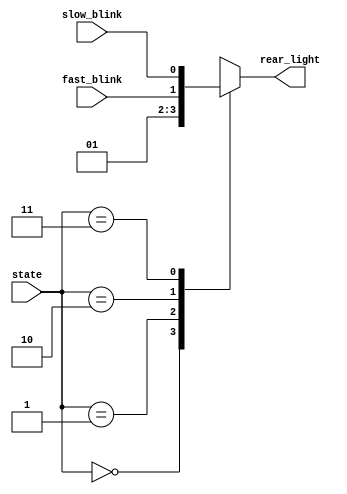
module mux(
  input [1:0] state,
  input fast_blink,
  input slow_blink,
  output wire rear_light);
  
  
  reg light;
  always @(*) begin
    case(state)
      2'b00: light = 1'b0; // OFF STATE
      2'b01: light = 1'b1; // ON STATE
      2'b10: light = fast_blink; // FLASH 1
      2'b11: light = slow_blink; // FLASH 2
      default: light = 1'b0;
    endcase
  end
  assign rear_light = light;
endmodule